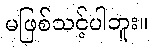
မဖြစ်သင့်ပါဘူး။